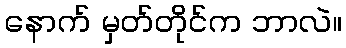
နောက် မှတ်တိုင်က ဘာလဲ။